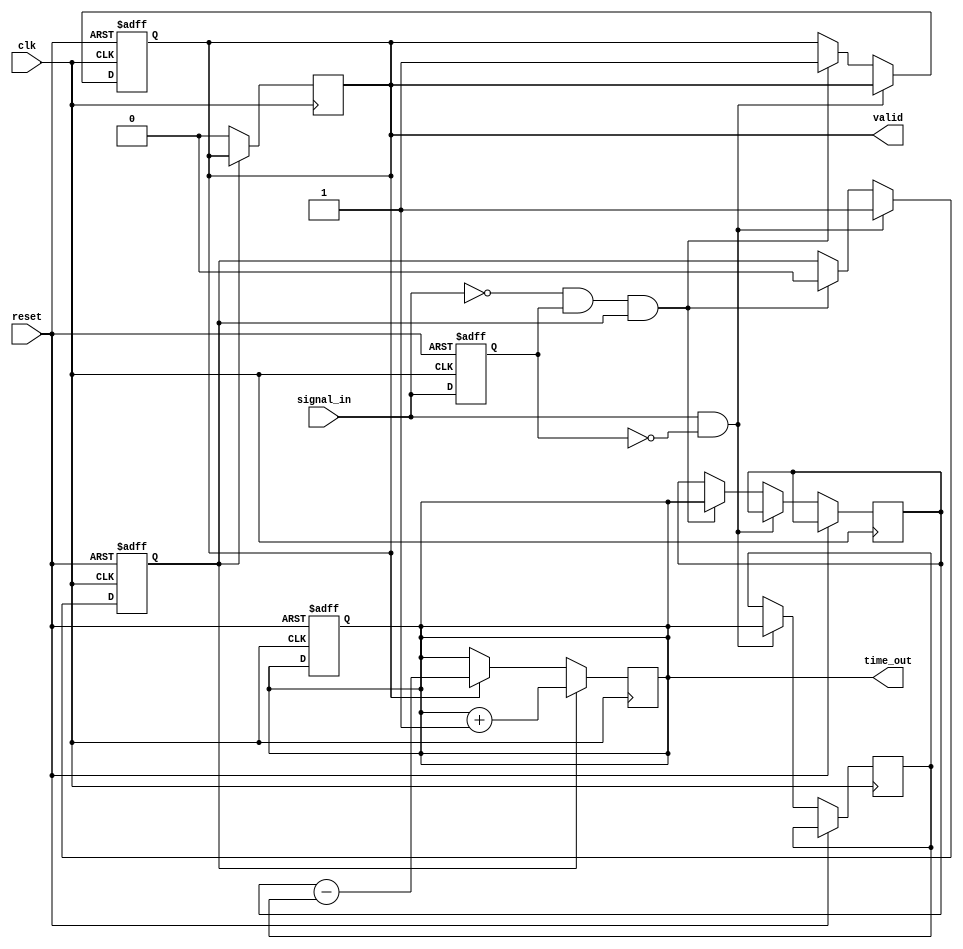
module TDC (
    input wire clk,               // System clock
    input wire reset,             // Asynchronous reset
    input wire signal_in,         // Input signal to measure time interval
    output reg [15:0] time_out,   // Measured time interval output
    output reg valid              // Output valid signal
);

    // Parameters
    parameter DELAY_COUNT = 16;   // Number of delay elements in the delay line
    parameter MAX_COUNT = 65535;   // Maximum count value for output

    // Internal signals
    reg [15:0] delay_line [0:DELAY_COUNT-1]; // Delay line
    reg [15:0] start_count;       // Count at start edge
    reg [15:0] stop_count;        // Count at stop edge
    reg measuring;                // Flag to indicate measuring state
    integer i;

    // Edge detection logic
    reg signal_in_prev;
    always @(posedge clk or posedge reset) begin
        if (reset) begin
            signal_in_prev <= 0;
            measuring <= 0;
            time_out <= 0;
            valid <= 0;
        end else begin
            // Edge detection
            if (signal_in && !signal_in_prev) begin
                // Rising edge detected
                start_count <= time_out; // Capture start count
                measuring <= 1;           // Start measuring
            end else if (!signal_in && signal_in_prev && measuring) begin
                // Falling edge detected
                stop_count <= time_out;   // Capture stop count
                measuring <= 0;           // Stop measuring
                valid <= 1;               // Indicate valid output
            end
            signal_in_prev <= signal_in;
        end
    end

    // Delay line generation
    always @(posedge clk) begin
        if (measuring) begin
            // Increment time_out for each clock cycle while measuring
            time_out <= time_out + 1;
            // Generate delayed signals
            for (i = 0; i < DELAY_COUNT; i = i + 1) begin
                if (i == 0) begin
                    delay_line[i] <= time_out;
                end else begin
                    delay_line[i] <= delay_line[i-1] + 1; // Simple delay
                end
            end
        end else begin
            // Reset time_out when not measuring
            if (valid) begin
                time_out <= stop_count - start_count; // Calculate time interval
                valid <= 0; // Reset valid signal
            end
        end
    end

endmodule